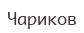
Чариков